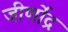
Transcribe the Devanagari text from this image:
जीर्णोद्र